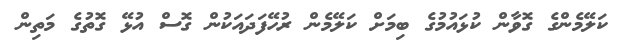
ކަލޭމެންގެ ގޮވާން ކުޅައުމުގެ ބިމަށް ކަލޭމެން ރުހޭފަދައަކުން ގޮސް އުޅޭ ގޮތުގެ މަތިން